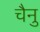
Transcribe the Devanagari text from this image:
चैनु